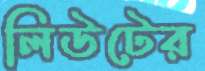
লিউটের